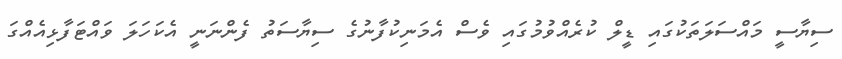
ސިޔާސީ މައްސަލަތަކުގައި ޑީލް ކުރެއްވުމުގައި ވެސް އެމަނިކުފާނުގެ ސިޔާސަތު ފެންނަނީ އެކަހަލަ ވައްޓަފާޅިއެއްގަ